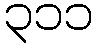
၃၁၁